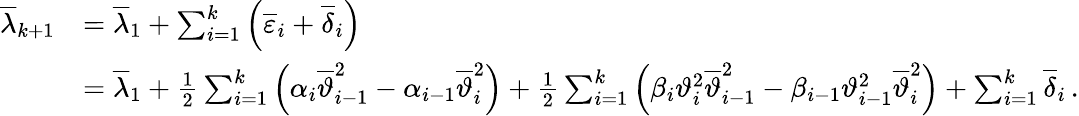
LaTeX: \begin{array}{rl}{{\overline{{\lambda}}}_{k+1}}&{={\overline{{\lambda}}}_{1}+\sum_{i=1}^{k}{\left({\overline{{\varepsilon}}}_{i}+{\overline{{\delta}}}_{i}\right)}}\\ &{={\overline{{\lambda}}}_{1}+\frac{1}{2}\sum_{i=1}^{k}{\left({\alpha}_{i}{\overline{{\vartheta}}}_{i-1}^{2}-{\alpha}_{i-1}{\overline{{\vartheta}}}_{i}^{2}\right)}+\frac{1}{2}\sum_{i=1}^{k}{\left({\beta}_{i}{\vartheta}_{i}^{2}{\overline{{\vartheta}}}_{i-1}^{2}-{\beta}_{i-1}{\vartheta}_{i-1}^{2}{\overline{{\vartheta}}}_{i}^{2}\right)}+\sum_{i=1}^{k}{{\overline{{\delta}}}_{i}}\, .}\end{array}